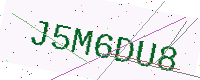
Text: J5M6DU8